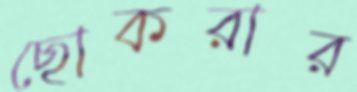
ছোকরার